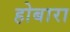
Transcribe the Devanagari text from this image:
होबारा